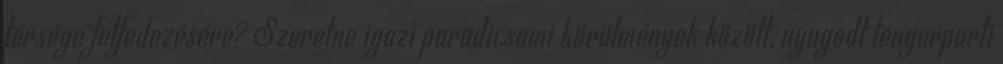
térsége felfedezésére? Szeretne igazi paradicsomi körülmények között, nyugodt tengerparti